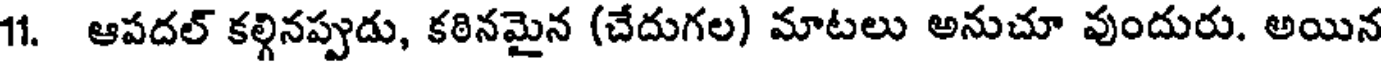
11. ఆపదల్ కల్గినప్పుడు, కఠినమైన (చేదుగల) మాటలు అనుచూ వుందురు. అయిన